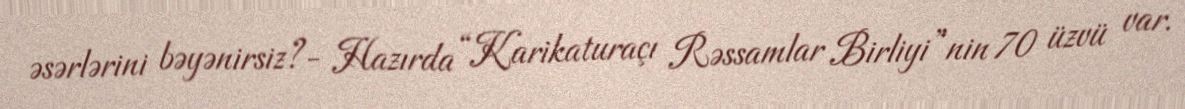
əsərlərini bəyənirsiz?- Hazırda “Karikaturaçı Rəssamlar Birliyi”nin 70 üzvü var.